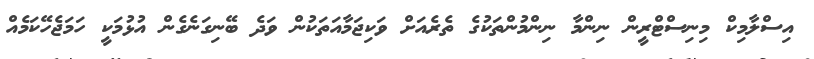
އިސްލާމިކް މިނިސްޓްރީން ނިންމާ ނިންމުންތަކުގެ ތެރެއަށް ވަކިޖަމާއަތަކުން ވަދެ ބޭނިގަނެގެން އުޅުމަކީ ހަމަޖެހޭކަމެއް